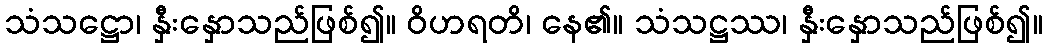
သံသဋ္ဌော၊ နှီးနှောသည်ဖြစ်၍။ ဝိဟရတိ၊ နေ၏။ သံသဋ္ဌဿ၊ နှီးနှောသည်ဖြစ်၍။